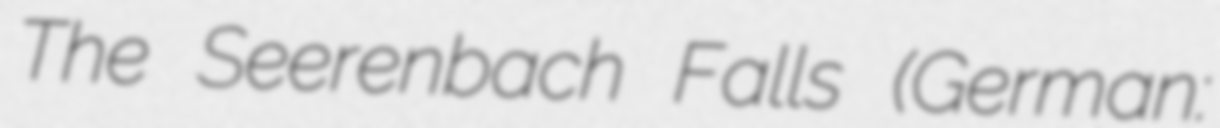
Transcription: The Seerenbach Falls (German: